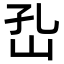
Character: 𡵾